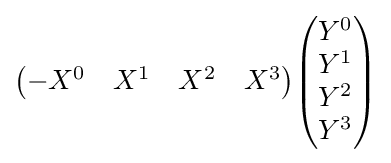
{\begin{pmatrix}-X^{0}&X^{1}&X^{2}&X^{3}\end{pmatrix}}{\begin{pmatrix}Y^{0}\\Y^{1}\\Y^{2}\\Y^{3}\end{pmatrix}}